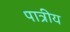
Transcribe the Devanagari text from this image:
पात्रीय